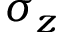
\sigma _ { z }